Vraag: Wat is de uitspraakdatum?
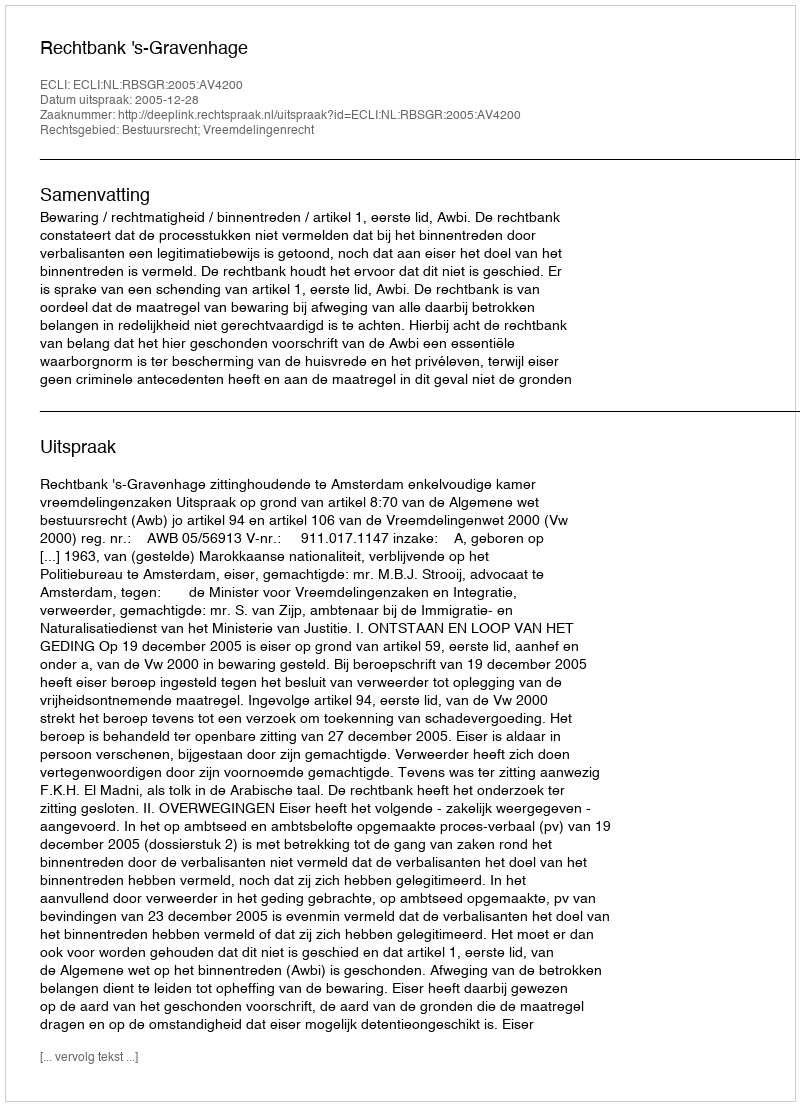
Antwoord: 2005-12-28